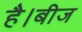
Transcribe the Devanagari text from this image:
है।बीज